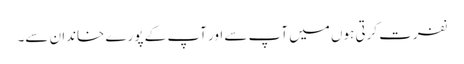
نفرت کرتی ہوں میں آپ سے اور آپ کے پورے خاندان سے۔